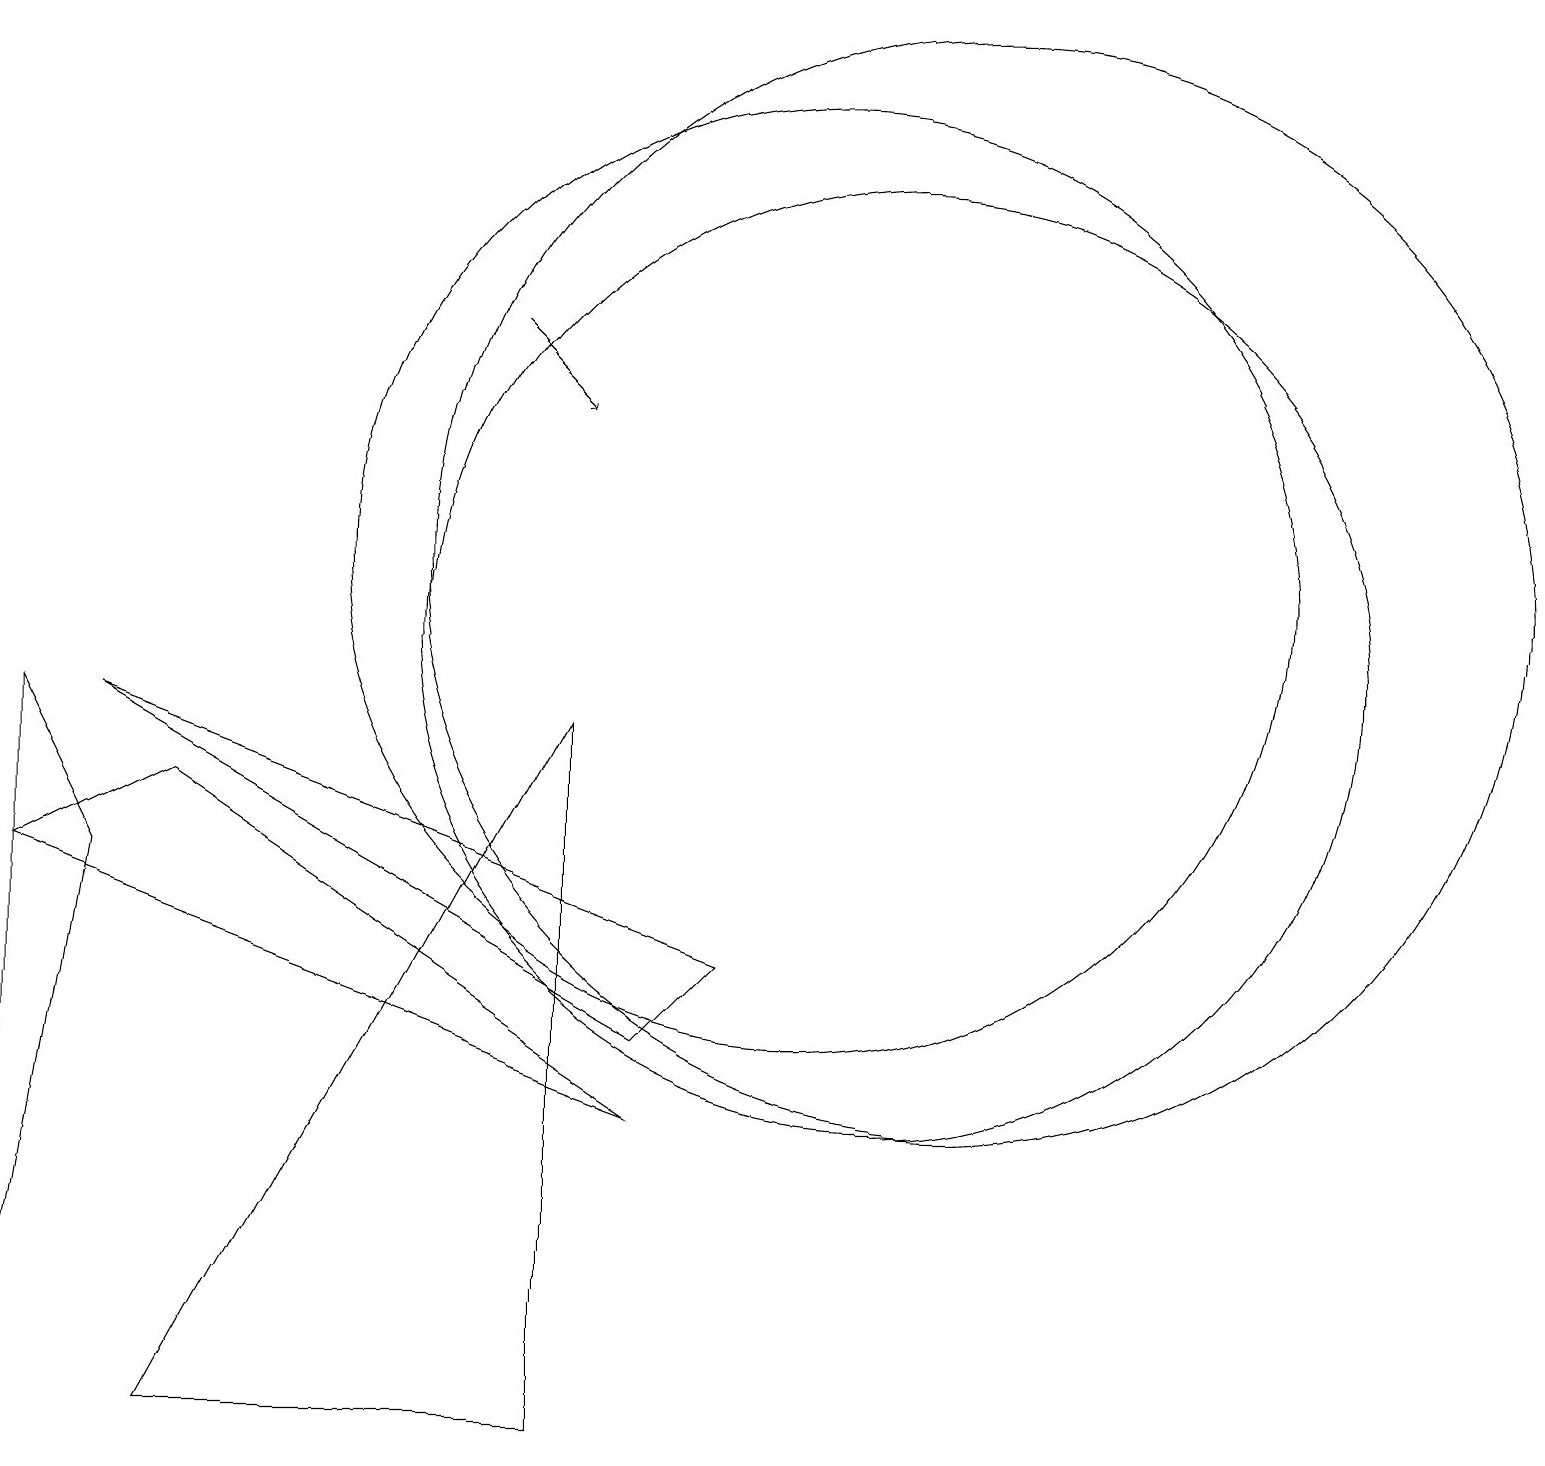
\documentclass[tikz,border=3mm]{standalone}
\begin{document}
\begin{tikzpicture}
\draw (0,7) -- (2,8) -- (8,4) -- cycle;
\draw (0,1) -- (1,7) -- (0,9) -- cycle;
\draw (10,11) circle (6);
\draw[->] (6,14) -- (7,13);
\draw (11,10) circle (6);
\draw (2,0) -- (7,0) -- (7,9) -- cycle;
\draw (12,11) circle (7);
\draw (8,5) -- (9,6) -- (1,9) -- cycle;
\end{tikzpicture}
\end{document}